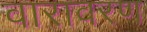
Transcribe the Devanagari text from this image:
वारावरण